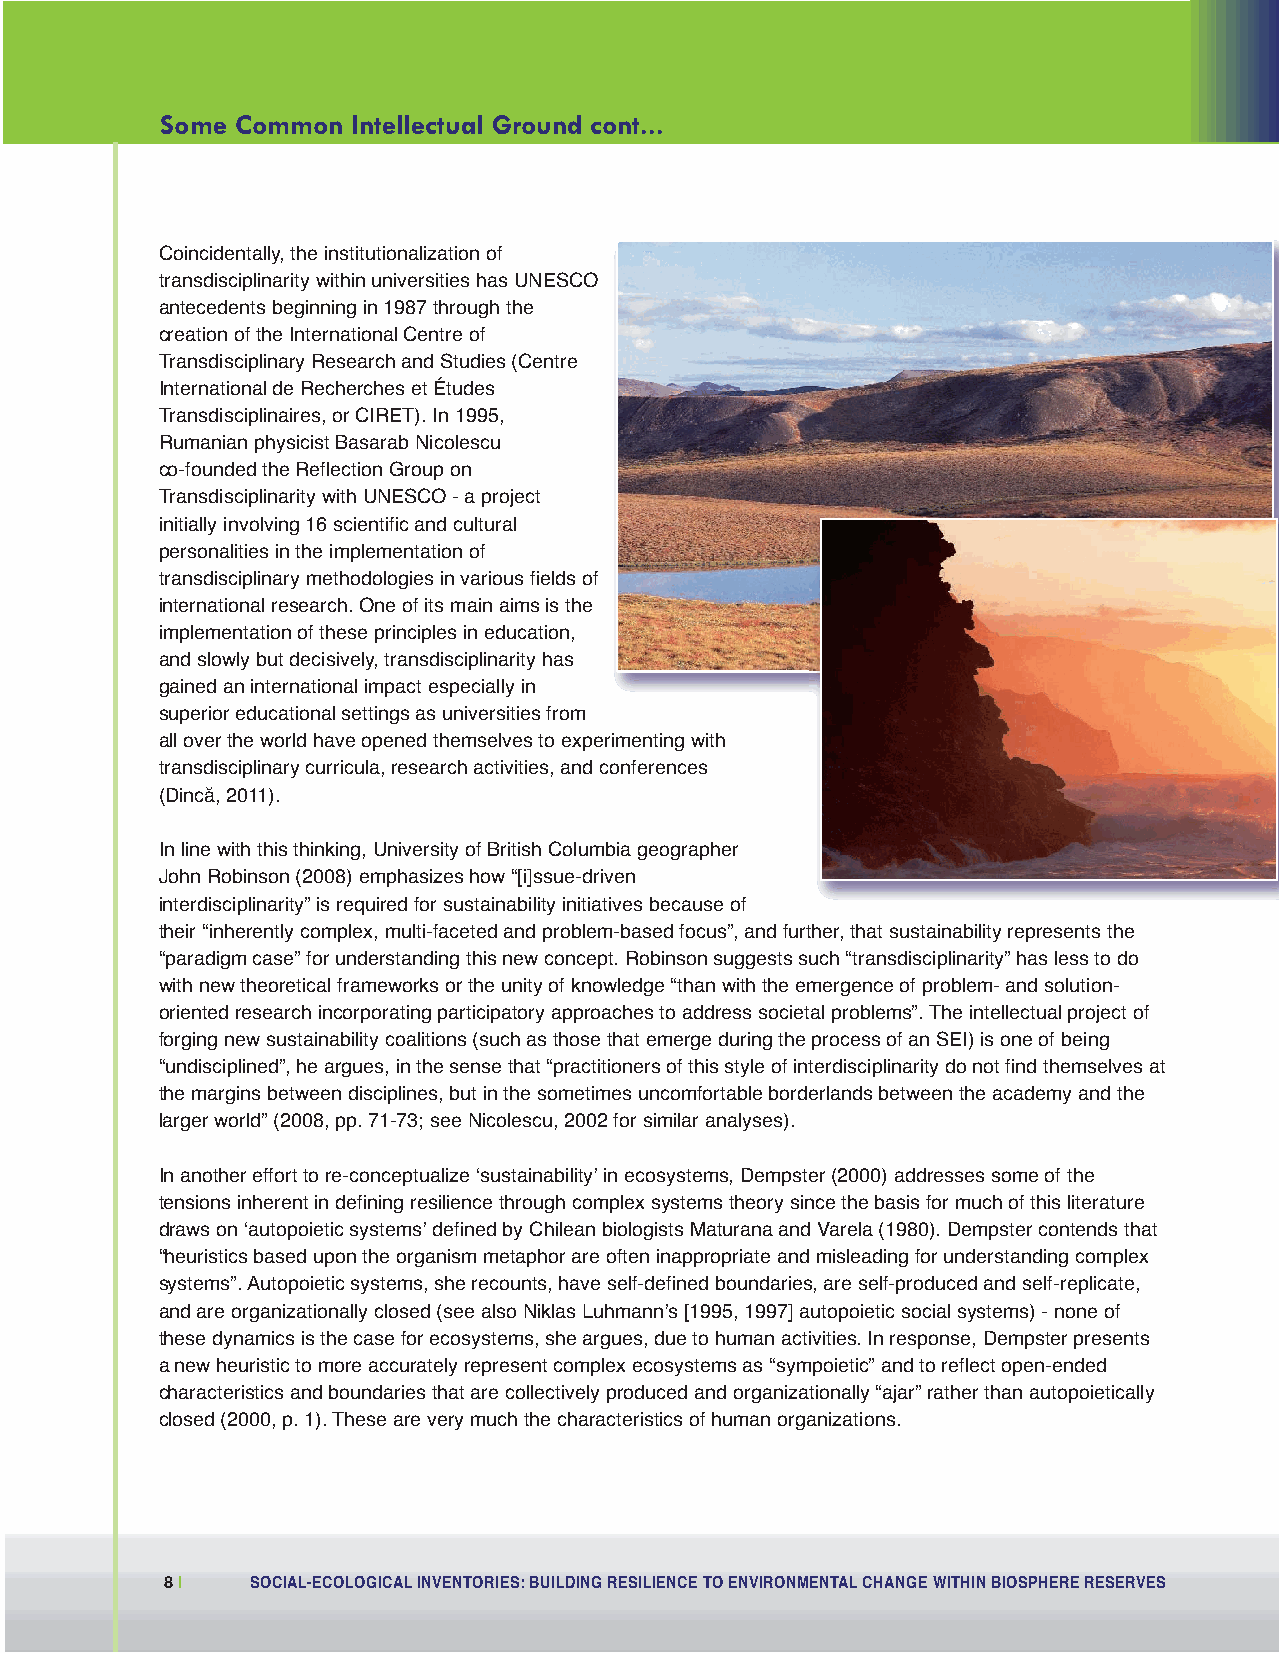
Social Economic:Layout 1 11-07-28 1:51 PM Page 8
 Some Common Intellectual Ground cont...
 Coincidentally, the institutionalization of
 transdisciplinarity within universities has UNESCO
 antecedents beginning in 1987 through the
 creation of the International Centre of
 Transdisciplinary Research and Studies (Centre
 International de Recherches et Études
 Transdisciplinaires, or CIRET). In 1995,
 Rumanian physicist Basarab Nicolescu
 co-founded the Reflection Group on
 Transdisciplinarity with UNESCO - a project
 initially involving 16 scientific and cultural
 personalities in the implementation of
 transdisciplinary methodologies in various fields of
 international research. One of its main aims is the
 implementation of these principles in education,
 and slowly but decisively, transdisciplinarity has
 gained an international impact especially in
 superior educational settings as universities from
 all over the world have opened themselves to experimenting with
 transdisciplinary curricula, research activities, and conferences
 (Dincă, 2011).
 In line with this thinking, University of British Columbia geographer
 John Robinson (2008) emphasizes how “[i]ssue-driven
 interdisciplinarity” is required for sustainability initiatives because of
 their “inherently complex, multi-faceted and problem-based focus”, and further, that sustainability represents the
 “paradigm case” for understanding this new concept. Robinson suggests such “transdisciplinarity” has less to do
 with new theoretical frameworks or the unity of knowledge “than with the emergence of problem- and solution-
 oriented research incorporating participatory approaches to address societal problems”. The intellectual project of
 forging new sustainability coalitions (such as those that emerge during the process of an SEI) is one of being
 “undisciplined”, he argues, in the sense that “practitioners of this style of interdisciplinarity do not find themselves at
 the margins between disciplines, but in the sometimes uncomfortable borderlands between the academy and the
 larger world” (2008, pp. 71-73; see Nicolescu, 2002 for similar analyses).
 In another effort to re-conceptualize ʻsustainabilityʼ in ecosystems, Dempster (2000) addresses some of the
 tensions inherent in defining resilience through complex systems theory since the basis for much of this literature
 draws on ʻautopoietic systemsʼ defined by Chilean biologists Maturana and Varela (1980). Dempster contends that
 “heuristics based upon the organism metaphor are often inappropriate and misleading for understanding complex
 systems”. Autopoietic systems, she recounts, have self-defined boundaries, are self-produced and self-replicate,
 and are organizationally closed (see also Niklas Luhmannʼs [1995, 1997] autopoietic social systems) - none of
 these dynamics is the case for ecosystems, she argues, due to human activities. In response, Dempster presents
 a new heuristic to more accurately represent complex ecosystems as “sympoietic” and to reflect open-ended
 characteristics and boundaries that are collectively produced and organizationally “ajar” rather than autopoietically
 closed (2000, p. 1). These are very much the characteristics of human organizations.
 8|    SOCIAL-ECOLOGICAL INVENTORIES: BUILDING RESILIENCE TO ENVIRONMENTAL CHANGE WITHIN BIOSPHERE RESERVES